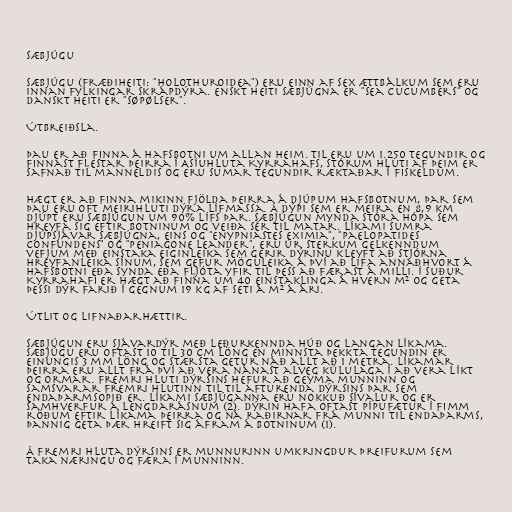
Sæbjúgu

Sæbjúgu (Fræðiheiti: "Holothuroidea") eru einn af sex ættbálkum sem eru
innan fylkingar skrápdýra. Enskt heiti sæbjúgna er "Sea Cucumbers" og
danskt heiti er "søpølser".

Útbreiðsla.

Þau er að finna á hafsbotni um allan heim. Til eru um 1.250 tegundir og
finnast flestar þeirra í Asíuhluta Kyrrahafs, stórum hluti af þeim er
safnað til manneldis og eru sumar tegundir ræktaðar í fiskeldum.

Hægt er að finna mikinn fjölda þeirra á djúpum hafsbotnum, þar sem
þau eru oft meirihluti dýra lífmassa. Á dýpi sem er meira en 8,9 km
djúpt eru sæbjúgun um 90% lífs þar. Sæbjúgun mynda stóra hópa sem
hreyfa sig eftir botninum og veiða sér til matar. Líkami sumra
djúpsjávar sæbjúgna, eins og "Enypniastes eximia", "Paelopatides
confundens" og "Peniagone leander", eru úr sterkum gelkenndum
vefjum með einstaka eiginleika sem gerir dýrinu kleyft að stjórna
hreyfanleika sínum, sem gefur möguleika á því að lifa annaðhvort á
hafsbotni eða synda eða fljóta yfir til þess að færast á milli. Í suður
Kyrrahafi er hægt að finna um 40 einstaklinga á hvern m² og geta
þessi dýr farið í gegnum 19 kg af seti á m² á ári.

Útlit og lifnaðarhættir.

Sæbjúgun eru sjávardýr með leðurkennda húð og langan líkama.
Sæbjúgu eru oftast 10 til 30 cm löng en minnsta þekkta tegundin er
einungis 3 mm löng og stærsta getur náð allt að 1 metra. Líkamar
þeirra eru allt frá því að vera nánast alveg kúlulaga í að vera líkt
og ormar. Fremri hluti dýrsins hefur að geyma munninn og
samsvarar fremri hlutinn til til afturenda dýrsins þar sem
endaþarmsopið er. Líkami sæbjúganna eru nokkuð sívalur og er
samhverfur á lengdarásnum (2). Dýrin hafa oftast pípufætur í fimm
röðum eftir líkama þeirra og ná raðirnar frá munni til endaþarms,
þannig geta þær hreift sig áfram á botninum (1).

Á fremri hluta dýrsins er munnurinn umkringdur þreifurum sem
taka næringu og færa í munninn.